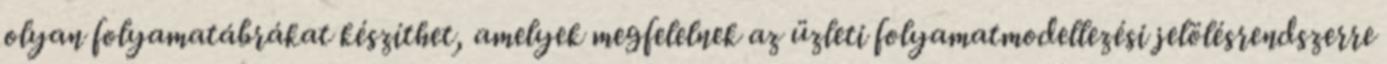
olyan folyamatábrákat készíthet, amelyek megfelelnek az üzleti folyamatmodellezési jelölésrendszerre